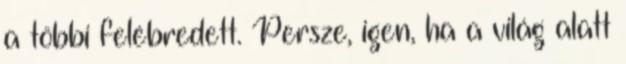
a többi felébredett. Persze, igen, ha a világ alatt